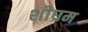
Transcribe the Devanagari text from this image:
शीघ्रम